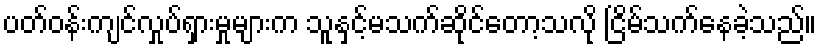
ပတ်ဝန်းကျင်လှုပ်ရှားမှုများက သူနှင့်မသက်ဆိုင်တော့သလို ငြိမ်သက်နေခဲ့သည်။